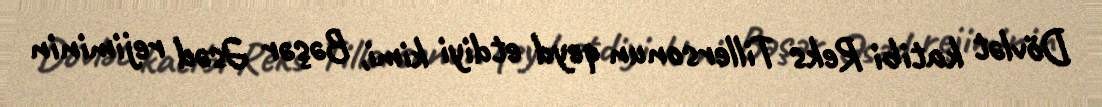
Dövlət katibi Reks Tillersonun qeyd etdiyi kimi, Bəşər Əsəd rejiminin